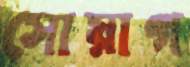
সোয়াগ